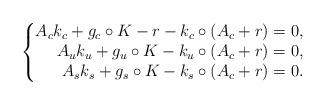
LaTeX: \begin{align*}\left\{ \begin{matrix*}[r] A_c k_c +g_c \circ K{}{} - r - k_c \circ ( A_c +r) = 0, \\A_u k_u + g_u \circ K{}{} - k_u \circ (A_c + r) = 0, \\A_s k_s + g_s \circ K{}{} - k_s \circ (A_c + r) = 0.\end{matrix*} \right. \end{align*}